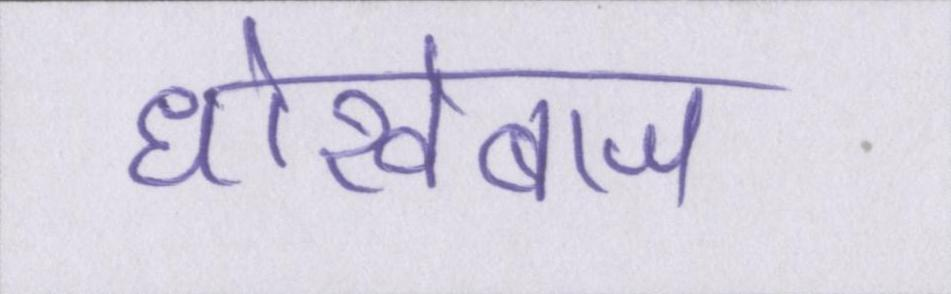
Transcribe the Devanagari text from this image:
धोखेबाज